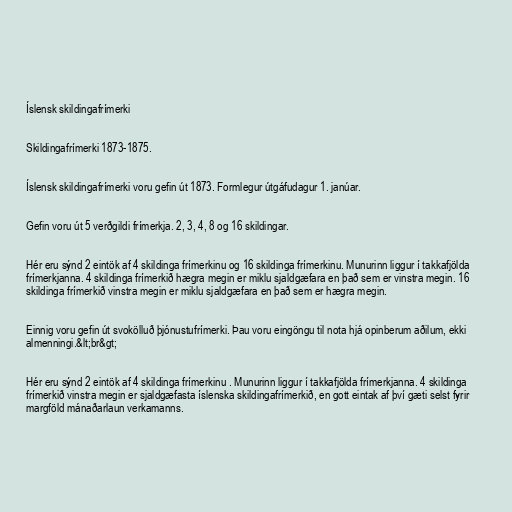
Íslensk skildingafrímerki

Skildingafrímerki 1873-1875.

Íslensk skildingafrímerki voru gefin út 1873. Formlegur útgáfudagur 1. janúar.

Gefin voru út 5 verðgildi frímerkja. 2, 3, 4, 8 og 16 skildingar.

Hér eru sýnd 2 eintök af 4 skildinga frímerkinu og 16 skildinga frímerkinu. Munurinn liggur í takkafjölda
frímerkjanna. 4 skildinga frímerkið hægra megin er miklu sjaldgæfara en það sem er vinstra megin. 16
skildinga frímerkið vinstra megin er miklu sjaldgæfara en það sem er hægra megin.

Einnig voru gefin út svokölluð þjónustufrímerki. Þau voru eingöngu til nota hjá opinberum aðilum, ekki
almenningi.&lt;br&gt;

Hér eru sýnd 2 eintök af 4 skildinga frímerkinu . Munurinn liggur í takkafjölda frímerkjanna. 4 skildinga
frímerkið vinstra megin er sjaldgæfasta íslenska skildingafrímerkið, en gott eintak af því gæti selst fyrir
margföld mánaðarlaun verkamanns.